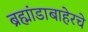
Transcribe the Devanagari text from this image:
ब्रह्मांडाबाहेरचे